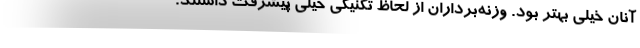
آنان خیلی بهتر بود. وزنه‌برداران از لحاظ تکنیکی خیلی پیشرفت داشتند.